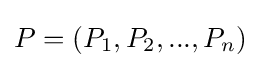
P=\left(P_{1},P_{2},...,P_{n}\right)